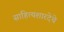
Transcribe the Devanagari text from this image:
साहित्यशारदेचे